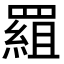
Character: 𦋽